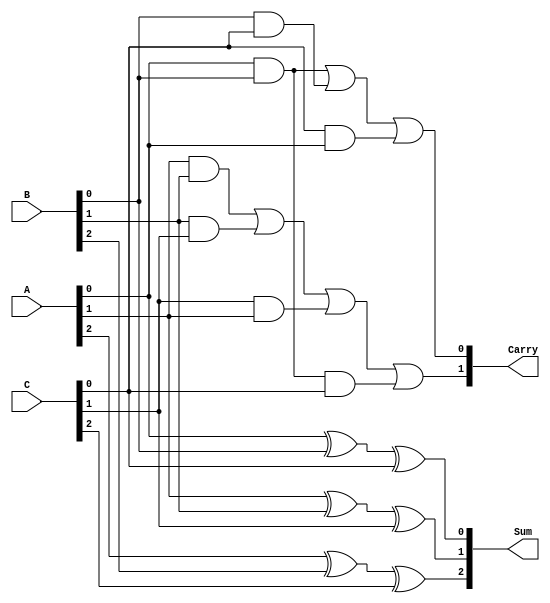
module CarrySaveAdder (
    input  wire [2:0] A,  // 3-bit input A
    input  wire [2:0] B,  // 3-bit input B
    input  wire [2:0] C,  // 3-bit input C
    output wire [2:0] Sum, // 3-bit sum output
    output wire [1:0] Carry // 2-bit carry output
);

// Sum Calculation using XOR
assign Sum[0] = A[0] ^ B[0] ^ C[0];
assign Sum[1] = A[1] ^ B[1] ^ C[1];
assign Sum[2] = A[2] ^ B[2] ^ C[2];

// Carry Calculation using AND and OR
assign Carry[0] = (A[0] & B[0]) | (B[0] & C[0]) | (C[0] & A[0]);
assign Carry[1] = (A[1] & B[1]) | (B[1] & C[1]) | (C[1] & A[1]) | (A[0] & B[0] & C[0]);

endmodule